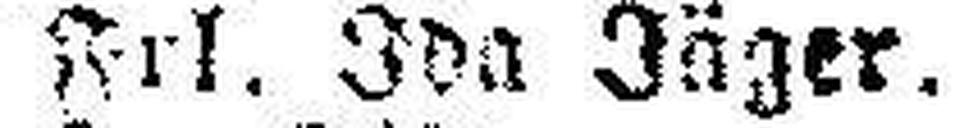
Frl. Ida Jäger.